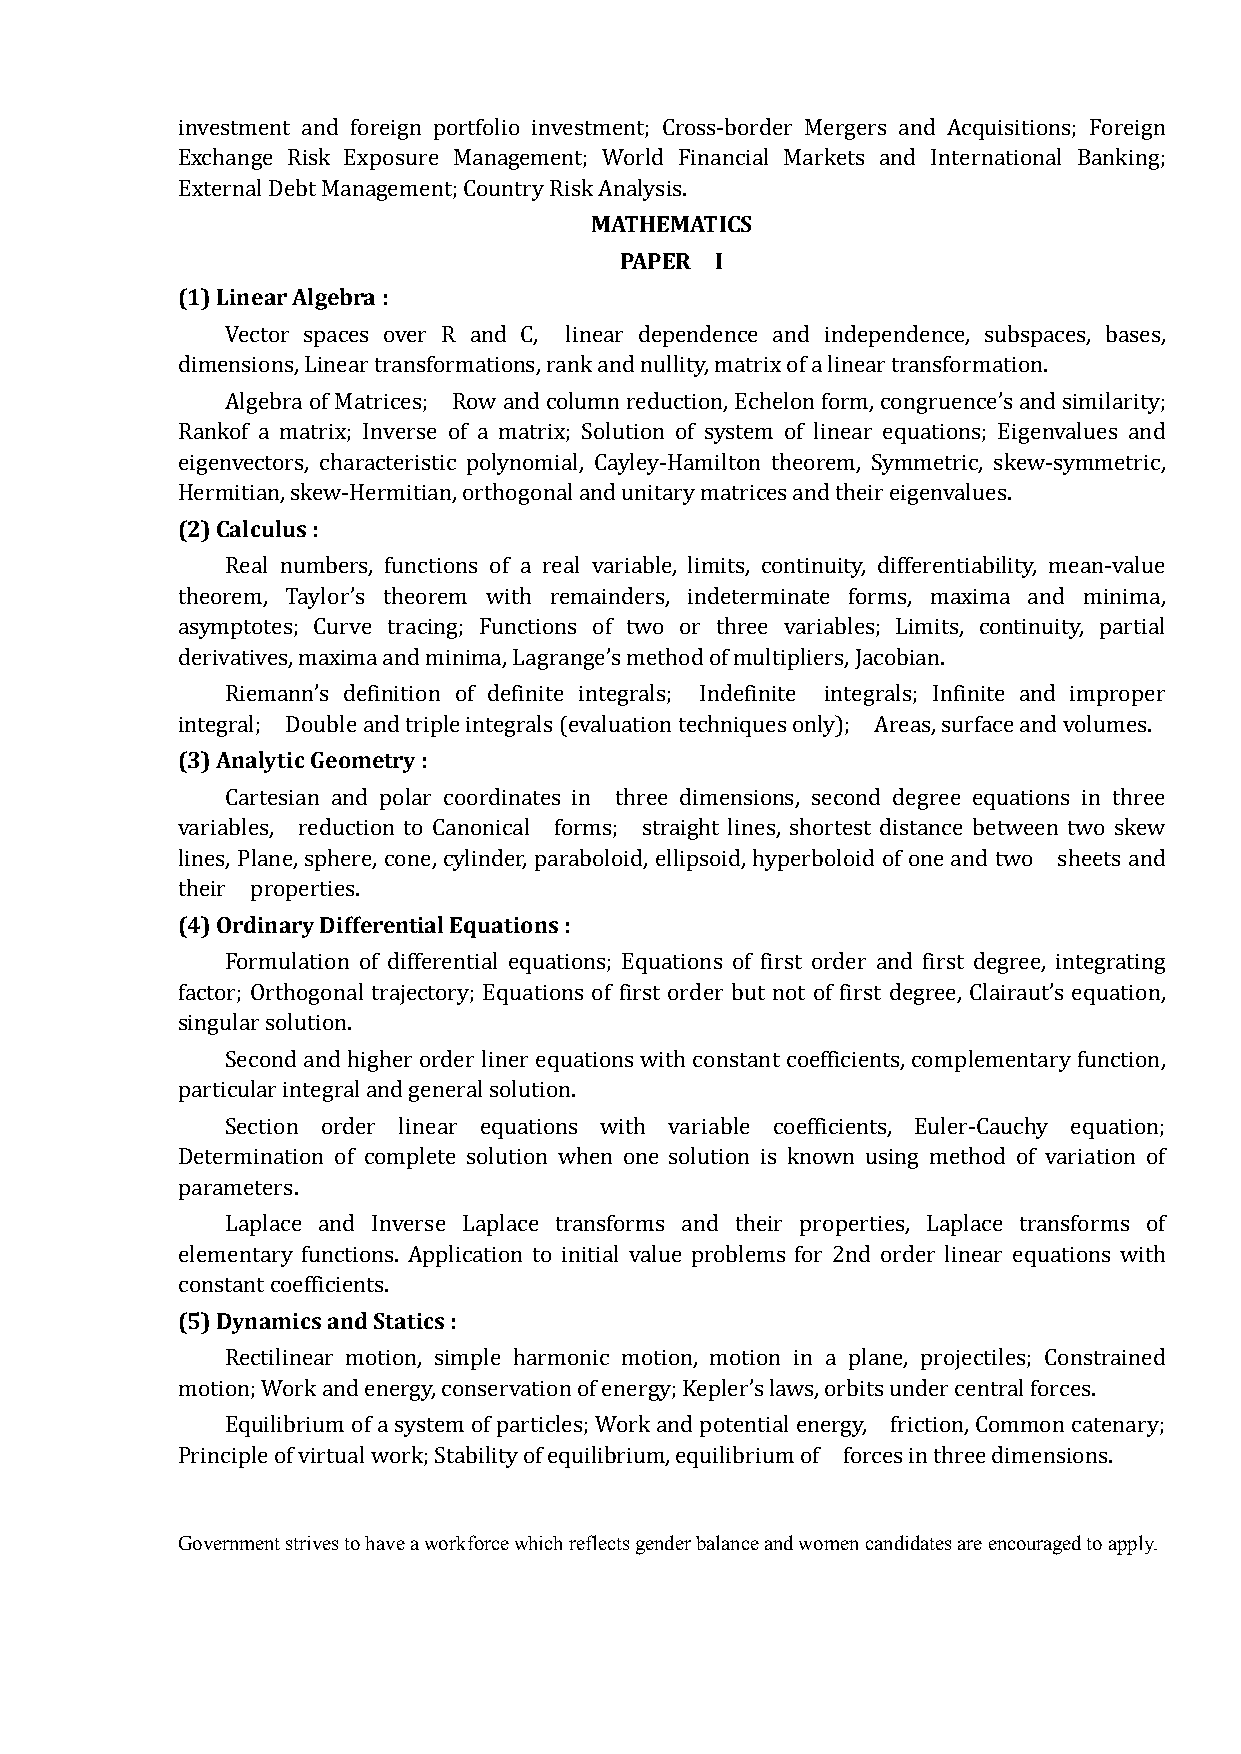
investment and foreign portfolio investment; Cross-border Mergers and Acquisitions; Foreign
 Exchange Risk Exposure Management; World Financial Markets and International Banking;
 MATHEMATICS
 External Debt Management; Country Risk Analysis.
 PAPER I
 (1) Linear Algebra :
 Vector spaces over R and C, linear dependence and independence, subspaces, bases,
 dimensions, Linear transformations, rank and nullity, matrix of a linear transformation.
 Algebra of Matrices; Row and column reduction, Echelon form, congruence’s and similarity;
 Rankof a matrix; Inverse of a matrix; Solution of system of linear equations; Eigenvalues and
 eigenvectors, characteristic polynomial, Cayley-Hamilton theorem, Symmetric, skew-symmetric,
 (2) Calculus :
 Hermitian, skew-Hermitian, orthogonal and unitary matrices and their eigenvalues.
 Real numbers, functions of a real variable, limits, continuity, differentiability, mean-value
 theorem, Taylor’s theorem with remainders, indeterminate forms, maxima and minima,
 asymptotes; Curve tracing; Functions of two or three variables; Limits, continuity, partial
 derivatives, maxima and minima, Lagrange’s method of multipliers, Jacobian.
 Riemann’s definition of definite integrals; Indefinite integrals; Infinite and improper
 (3) Analytic Geometry :
 integral; Double and triple integrals (evaluation techniques only); Areas, surface and volumes.
 Cartesian and polar coordinates in three dimensions, second degree equations in three
 variables, reduction to Canonical forms; straight lines, shortest distance between two skew
 lines, Plane, sphere, cone, cylinder, paraboloid, ellipsoid, hyperboloid of one and two sheets and
 (4) Ordinary Differential Equations :
 their properties.
 Formulation of differential equations; Equations of first order and first degree, integrating
 factor; Orthogonal trajectory; Equations of first order but not of first degree, Clairaut’s equation,
 singular solution.
 Second and higher order liner equations with constant coefficients, complementary function,
 particular integral and general solution.
 Section order linear equations with variable coefficients, Euler-Cauchy equation;
 Determination of complete solution when one solution is known using method of variation of
 parameters.
 Laplace and Inverse Laplace transforms and their properties, Laplace transforms of
 elementary functions. Application to initial value problems for 2nd order linear equations with
 (5) Dynamics and Statics :
 constant coefficients.
 Rectilinear motion, simple harmonic motion, motion in a plane, projectiles; Constrained
 motion; Work and energy, conservation of energy; Kepler’s laws, orbits under central forces.
 Equilibrium of a system of particles; Work and potential energy, friction, Common catenary;
 Principle of virtual work; Stability of equilibrium, equilibrium of forces in three dimensions.
 Government strives to have a workforce which reflects gender balance and women candidates are encouraged to apply.